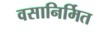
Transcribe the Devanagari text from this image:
वसानिर्मित